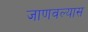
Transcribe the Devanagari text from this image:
जाणवल्यास